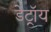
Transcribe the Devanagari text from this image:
डेट्रॉय